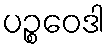
ပဉ္စဝေဒါ